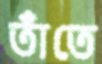
তাঁতে